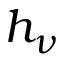
h _ { \nu }